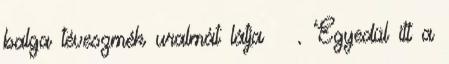
balga téveszmék uralmát látja . Egyedül itt a